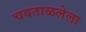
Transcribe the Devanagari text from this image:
चवताळलेला